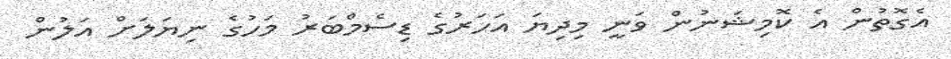
އެގޮތުން އެ ކޮމިޝަނުން ވަނީ މިދިޔަ އަހަރުގެ ޑިސެމްބަރު މަހުގެ ނިޔަލަށް އަލުން